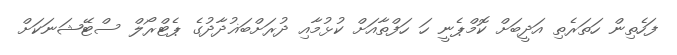
ފަހެތިން ހަތަރެތި އަދީބަށް ކޮމްޕެނީ ހަ ހަފްތާއަށް ކުޅުމާއި ދުރަށްބަޣުދާދުގެ ޕެޓްރޯލް ސްޓޭޝަނަކަށް